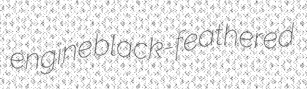
engine black-feathered